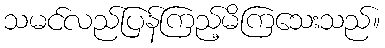
သမင်လည်ပြန်ကြည့်မိကြသေးသည်။